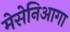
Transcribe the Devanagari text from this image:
मेसेनिआगा